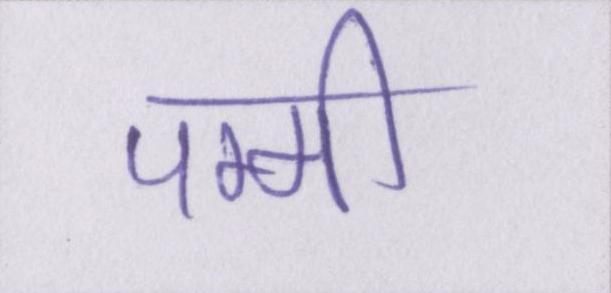
पम्मी